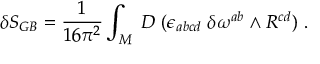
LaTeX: \delta S _ { G B } = { \frac { 1 } { 1 6 \pi ^ { 2 } } } \int _ { M } \; D \; ( \epsilon _ { a b c d } \; \delta \omega ^ { a b } \wedge R ^ { c d } ) \ .